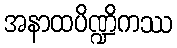
အနာထပိဏ္ဍိကဿ